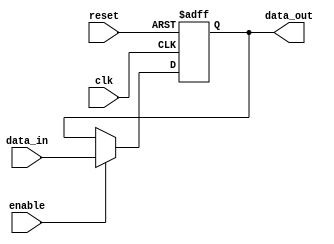
module ParameterizedRegister #(
    parameter WIDTH = 8  // Parameter to define the width of the register
)(
    input wire clk,              // Clock signal
    input wire reset,            // Asynchronous reset signal
    input wire [WIDTH-1:0] data_in, // Input data signal
    input wire enable,           // Control signal for loading data
    output reg [WIDTH-1:0] data_out // Output data signal
);

    // Behavioral description of the register
    always @(posedge clk or posedge reset) begin
        if (reset) begin
            data_out <= 0; // Initialize the register to zero on reset
        end else if (enable) begin
            data_out <= data_in; // Load data into the register if enabled
        end
        // If not reset and not enabled, retain the previous value
    end

endmodule